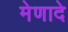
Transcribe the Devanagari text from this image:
मेणादे